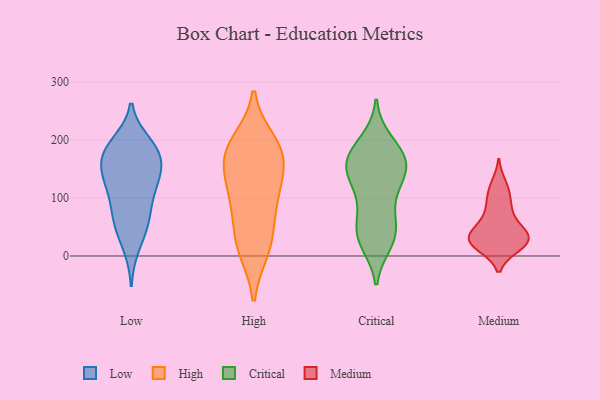
{"axis": {"x": "Latency (ms)", "y": "Value"}, "legend": ["Critical", "High", "Low", "Medium"], "data": [{"x": "", "y": 85, "type": "Low"}, {"x": "", "y": 57, "type": "Low"}, {"x": "", "y": 163, "type": "Low"}, {"x": "", "y": 130, "type": "Low"}, {"x": "", "y": 195, "type": "Low"}, {"x": "", "y": 111, "type": "Low"}, {"x": "", "y": 16, "type": "Low"}, {"x": "", "y": 51, "type": "Low"}, {"x": "", "y": 123, "type": "Low"}, {"x": "", "y": 182, "type": "Low"}, {"x": "", "y": 179, "type": "Low"}, {"x": "", "y": 65, "type": "Low"}, {"x": "", "y": 189, "type": "Low"}, {"x": "", "y": 148, "type": "Low"}, {"x": "", "y": 136, "type": "Low"}, {"x": "", "y": 170, "type": "Low"}, {"x": "", "y": 113, "type": "High"}, {"x": "", "y": 18, "type": "High"}, {"x": "", "y": 94, "type": "High"}, {"x": "", "y": 171, "type": "High"}, {"x": "", "y": 104, "type": "High"}, {"x": "", "y": 184, "type": "High"}, {"x": "", "y": 12, "type": "High"}, {"x": "", "y": 163, "type": "High"}, {"x": "", "y": 195, "type": "High"}, {"x": "", "y": 41, "type": "High"}, {"x": "", "y": 170, "type": "High"}, {"x": "", "y": 56, "type": "Critical"}, {"x": "", "y": 198, "type": "Critical"}, {"x": "", "y": 113, "type": "Critical"}, {"x": "", "y": 39, "type": "Critical"}, {"x": "", "y": 59, "type": "Critical"}, {"x": "", "y": 23, "type": "Critical"}, {"x": "", "y": 152, "type": "Critical"}, {"x": "", "y": 97, "type": "Critical"}, {"x": "", "y": 172, "type": "Critical"}, {"x": "", "y": 188, "type": "Critical"}, {"x": "", "y": 167, "type": "Critical"}, {"x": "", "y": 153, "type": "Critical"}, {"x": "", "y": 168, "type": "Critical"}, {"x": "", "y": 33, "type": "Critical"}, {"x": "", "y": 27, "type": "Critical"}, {"x": "", "y": 154, "type": "Critical"}, {"x": "", "y": 127, "type": "Critical"}, {"x": "", "y": 142, "type": "Critical"}, {"x": "", "y": 20, "type": "Medium"}, {"x": "", "y": 48, "type": "Medium"}, {"x": "", "y": 31, "type": "Medium"}, {"x": "", "y": 24, "type": "Medium"}, {"x": "", "y": 17, "type": "Medium"}, {"x": "", "y": 31, "type": "Medium"}, {"x": "", "y": 123, "type": "Medium"}, {"x": "", "y": 39, "type": "Medium"}, {"x": "", "y": 17, "type": "Medium"}, {"x": "", "y": 95, "type": "Medium"}, {"x": "", "y": 41, "type": "Medium"}, {"x": "", "y": 71, "type": "Medium"}, {"x": "", "y": 114, "type": "Medium"}, {"x": "", "y": 82, "type": "Medium"}, {"x": "", "y": 29, "type": "Medium"}]}